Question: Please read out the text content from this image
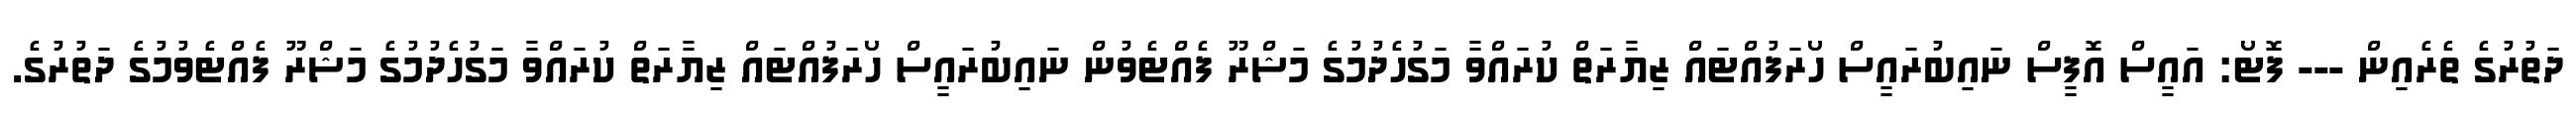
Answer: ދަތުރުގެ ތެރެއިން --- ފޮޓޯ: އައީސް އޮފީސް ނައިބުރައީސް ހޯރަފުއްޓައް ޒިޔާރަތް ކުރައްވާ މަގުހެދުމުގެ މަޝްރޫ ފެއްޓެވުން ނައިބުރައީސް ހޯރަފުއްޓައް ޒިޔާރަތް ކުރައްވާ މަގުހެދުމުގެ މަޝްރޫ ފެއްޓެވުމުގެ ދަތުރުގެ.